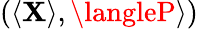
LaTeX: (\langle\mathbf{X}\rangle,\langleP\rangle)